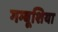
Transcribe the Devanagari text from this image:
गम्बूशिया